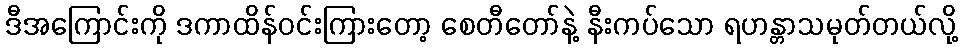
ဒီအကြောင်းကို ဒကာထိန်ဝင်းကြားတော့ စေတီတော်နဲ့ နီးကပ်သော ရဟန္တာသမုတ်တယ်လို့